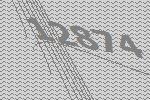
12874